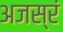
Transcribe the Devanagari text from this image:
अजस्रं